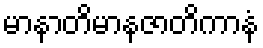
မာနာတိမာနဇာတိကာနံ